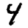
Digit: 4